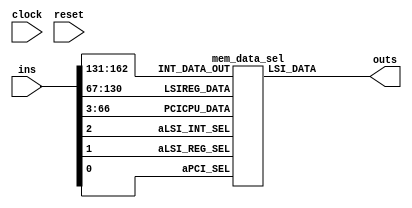
// 163 ins 64 outs
module nut_002_m47 (clock,reset,ins,outs);
input clock,reset;
input [162:0] ins;
output [63:0] outs;
mem_data_sel mem_data_sel_inst (
  .aPCI_SEL(ins[0]),
  .aLSI_REG_SEL(ins[1]),
  .aLSI_INT_SEL(ins[2]),
  .PCICPU_DATA(ins[66:3]),
  .LSIREG_DATA(ins[130:67]),
  .INT_DATA_OUT(ins[162:131]),
  .LSI_DATA(outs[63:0])
);
endmodule

module mem_data_sel(aPCI_SEL,aLSI_REG_SEL,aLSI_INT_SEL,
       PCICPU_DATA,LSIREG_DATA,INT_DATA_OUT,
       LSI_DATA);
input  aPCI_SEL,aLSI_REG_SEL,aLSI_INT_SEL;
input  [63:0] PCICPU_DATA,LSIREG_DATA;
input  [31:0] INT_DATA_OUT;
output [63:0] LSI_DATA;
assign LSI_DATA = ({64{aPCI_SEL}}     | PCICPU_DATA) &
                  ({64{aLSI_REG_SEL}} | LSIREG_DATA) &
                  ({64{aLSI_INT_SEL}} | {32'h00000000,INT_DATA_OUT});
endmodule